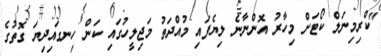
"ކްރިމިނަލް ކޯޓަށް މިހާރު އޮންނާނެ ލިޔެފައި މުއްދަތު މަޖިލީހުގައި ކަން ހިނގައިދިޔަ ގޮތުގެ